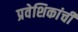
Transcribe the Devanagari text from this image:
प्रवेशिकांची